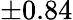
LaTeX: \pm 0.84